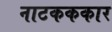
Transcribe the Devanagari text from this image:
नाटकककार